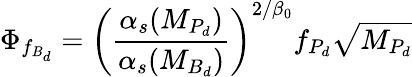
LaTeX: \Phi_{f_{B_{d}}}=\left(\frac{\alpha_{s}(M_{P_{d}})}{\alpha_{s}(M_{B_{d}})}\right)^{2/\beta_{0}}f_{P_{d}}\sqrt{M_{P_{d}}}